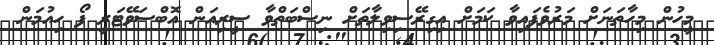
މީހުން މިހާތަނަށް މަރުވެފައިވާ ކަމަށް އިގިރޭސިވިލާތަށް ނިސްބަތްވާ ސީރިއަން އޮބްސަވޭޓަރީ ފޯ ހިއުމަން